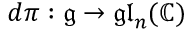
d \pi : { \mathfrak { g } } \to { \mathfrak { g l } } _ { n } ( \mathbb { C } )